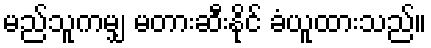
မည်သူကမျှ မတားဆီးနိုင် ခံယူထားသည်။